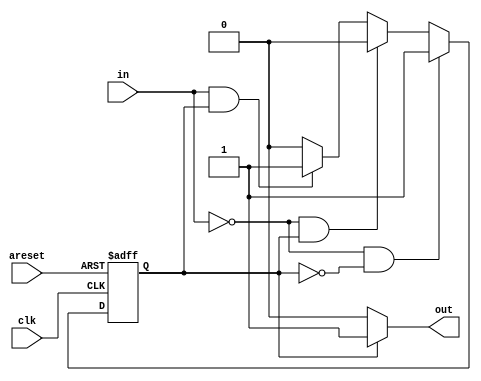
module top_module(
    input clk,
    input areset,    // Asynchronous reset to state B
    input in,
    output out);//  

    parameter A=0, B=1; 
    reg state, next_state;

    always @(*) begin    // This is a combinational always block
        if(in == 0 && state == A)
            next_state = B;
        else if (in == 0 && state == B)
            next_state = A;
        else if (in == 1 && state == B)
            next_state = B;
        else
            next_state = A;
    end

    always @(posedge clk, posedge areset) begin    // This is a sequential always block
        // State flip-flops with asynchronous reset
        if (areset)
            state <= B;
        else
            state <= next_state;
    end

    // Output logic
    assign out = (state == A ? 1'b0 : 1'b1);

endmodule